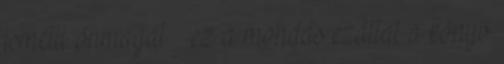
ismétli önmagát – ez a mondás ezáltal a könyv